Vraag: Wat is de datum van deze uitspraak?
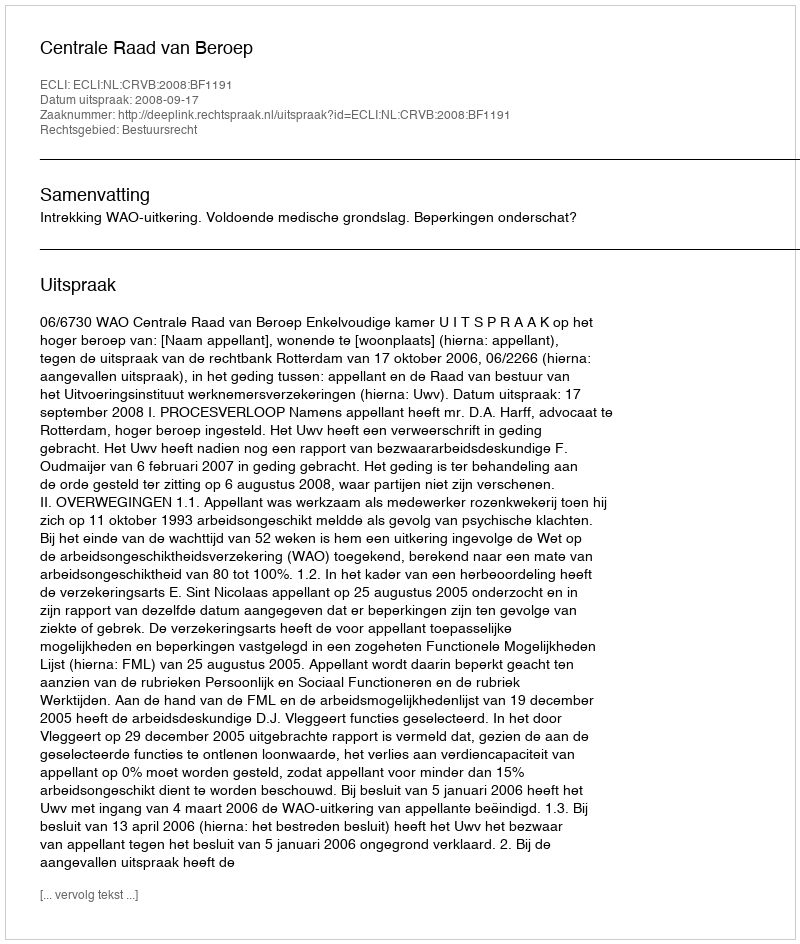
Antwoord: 2008-09-17